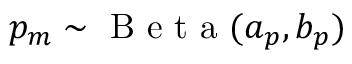
p _ { m } \sim \mathrm { ~ B ~ e ~ t ~ a ~ } ( a _ { p } , b _ { p } )